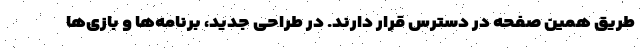
طریق همین صفحه در دسترس قرار دارند. در طراحی جدید، برنامه‌ها و بازی‌ها